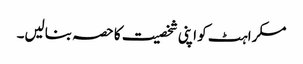
مسکراہٹ کو اپنی شخصیت کا حصہ بنالیں۔